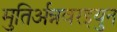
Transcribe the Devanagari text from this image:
मुतिर्अन्नवरइयुन